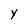
Character: Y